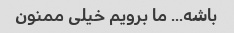
باشه... ما برویم خیلی ممنون